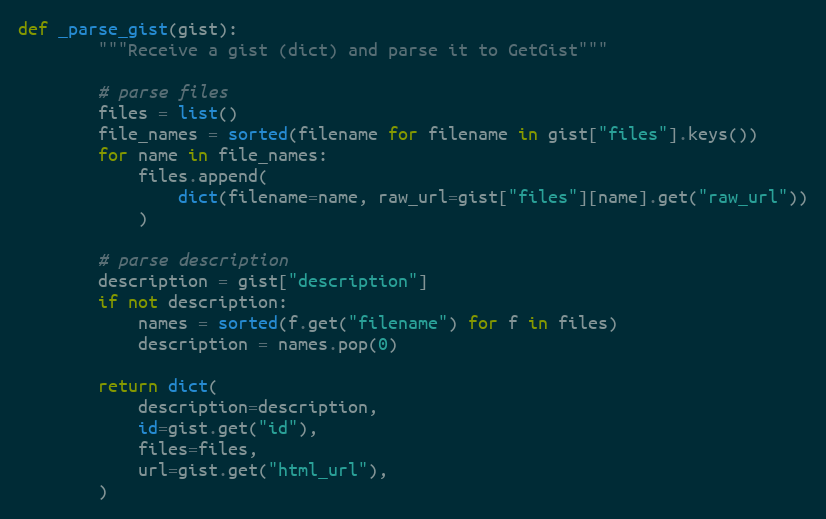
Language: Python
def _parse_gist(gist):
        """Receive a gist (dict) and parse it to GetGist"""

        # parse files
        files = list()
        file_names = sorted(filename for filename in gist["files"].keys())
        for name in file_names:
            files.append(
                dict(filename=name, raw_url=gist["files"][name].get("raw_url"))
            )

        # parse description
        description = gist["description"]
        if not description:
            names = sorted(f.get("filename") for f in files)
            description = names.pop(0)

        return dict(
            description=description,
            id=gist.get("id"),
            files=files,
            url=gist.get("html_url"),
        )